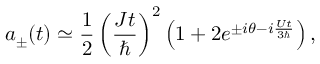
a _ { \pm } ( t ) \simeq \frac { 1 } { 2 } \left( \frac { J t } { \hbar } \right) ^ { 2 } \left( 1 + 2 e ^ { \pm i \theta - i \frac { U t } { 3 \hbar } } \right) ,